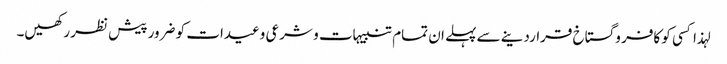
لہذا کسی کو کافر و گستاخ قراردینے سے پہلے ان تمام تنبیہات و شرعی وعیدات کو ضرور پیش نظر رکھیں۔